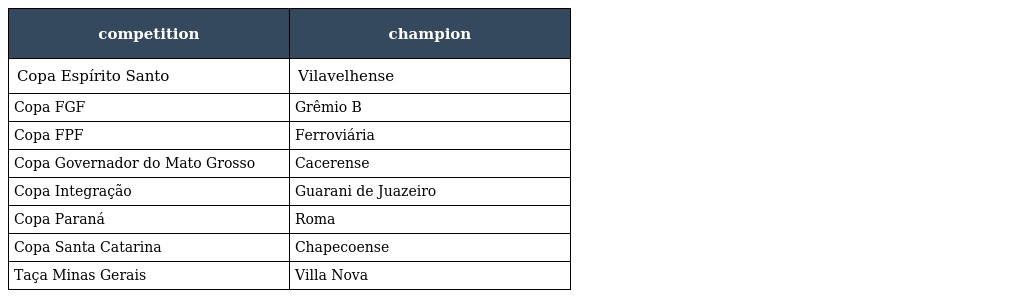
| competition | champion |
 | --- | --- |
 | Copa Espírito Santo | Vilavelhense |
 | Copa FGF | Grêmio B |
 | Copa FPF | Ferroviária |
 | Copa Governador do Mato Grosso | Cacerense |
 | Copa Integração | Guarani de Juazeiro |
 | Copa Paraná | Roma |
 | Copa Santa Catarina | Chapecoense |
 | Taça Minas Gerais | Villa Nova |